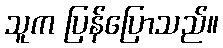
သူက ပြန်ပြောသည်။